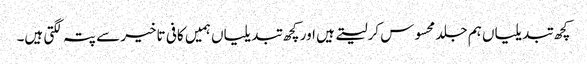
کچھ تبدیلیاں ہم جلد محسوس کرلیتے ہیں اور کچھ تبدیلیاں ہمیں کافی تاخیر سے پتہ لگتی ہیں۔